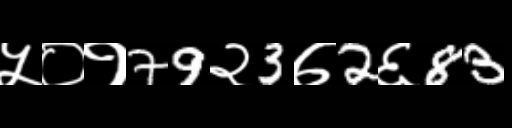
Text: ५०१79२3७2६83